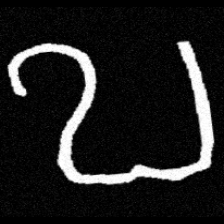
Pyu character \u2014 Myanmar letter: ဎ (romanized: ddha)